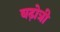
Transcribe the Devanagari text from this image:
बढ़ोत्री